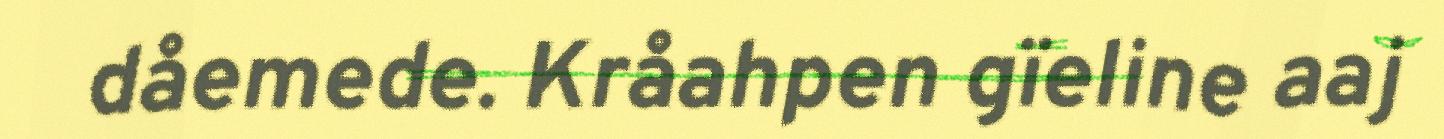
dåemede. Kråahpen gïeline aaj